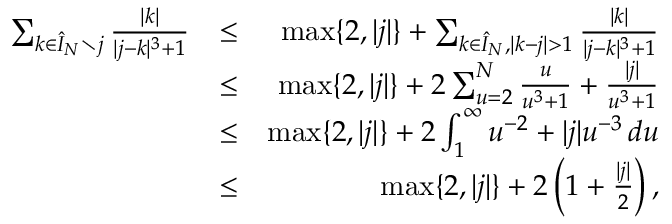
\begin{array} { r l r } { \sum _ { k \in \hat { I } _ { N } \setminus j } \frac { | k | } { | j - k | ^ { 3 } + 1 } } & { \leq } & { \operatorname* { m a x } \{ 2 , | j | \} + \sum _ { k \in \hat { I } _ { N } , | k - j | > 1 } \frac { | k | } { | j - k | ^ { 3 } + 1 } } \\ & { \leq } & { \operatorname* { m a x } \{ 2 , | j | \} + 2 \sum _ { u = 2 } ^ { N } \frac { u } { u ^ { 3 } + 1 } + \frac { | j | } { u ^ { 3 } + 1 } } \\ & { \leq } & { \operatorname* { m a x } \{ 2 , | j | \} + 2 \int _ { 1 } ^ { \infty } u ^ { - 2 } + | j | u ^ { - 3 } \, d u } \\ & { \leq } & { \operatorname* { m a x } \{ 2 , | j | \} + 2 \left( 1 + \frac { | j | } { 2 } \right) , } \end{array}